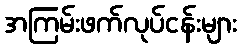
အကြမ်းဖက်လုပ်ငန်းများ